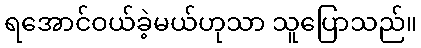
ရအောင်ဝယ်ခဲ့မယ်ဟုသာ သူပြောသည်။